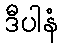
ဒီပါနံ